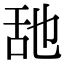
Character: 𦧇